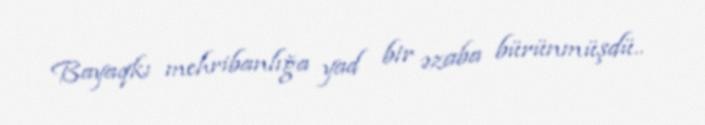
Bayaqkı mehribanlığa yad bir əzaba bürünmüşdü..